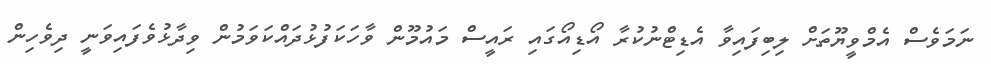
ނަމަވެސް އެމްވީޔޫތަށް ލިބިފައިވާ އެޑިޓްނުކުރާ އޯޑިއޯގައި ރައީސް މައުމޫން ވާހަކަފުޅުދައްކަވަމުން ވިދާޅުވެފައިވަނީ ދިވެހިން